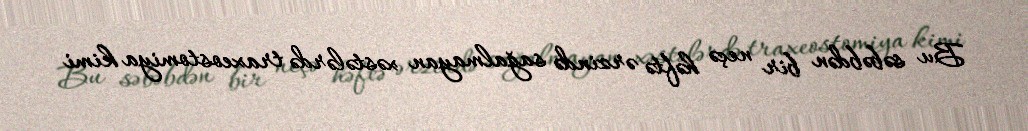
Bu səbəbdən bir neçə həftə ərzində sağalmayan xəstələrdə traxeostomiya kimi